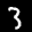
Label: 3